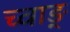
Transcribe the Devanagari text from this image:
च्वाङ्